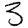
Digit: 3